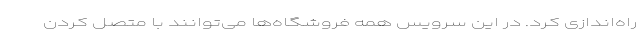
راه‌اندازی کرد. در این سرویس همه فروشگاه‌ها می‌توانند با متصل کردن